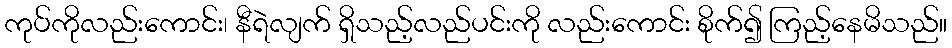
ကုပ်ကိုလည်းကောင်း၊ နီရဲလျက် ရှိသည့်လည်ပင်းကို လည်းကောင်း စိုက်၍ ကြည့်နေမိသည်။